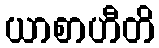
ယာစာဟီတိ